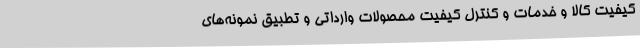
کیفیت کالا و خدمات و کنترل کیفیت محصولات وارداتی و تطبیق نمونه‌های